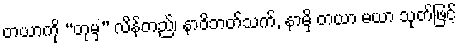
တယာကို “တုမှ” လိန်တည်၊ နာဝိဘတ်သက်, နာမှိ တယာ မယာ သုတ်ဖြင့်